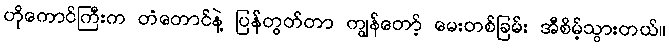
ဟိုကောင်ကြီးက တံတောင်နဲ့ ပြန်တွတ်တာ ကျွန်တော့် မေးတစ်ခြမ်း အီစိမ့်သွားတယ်။